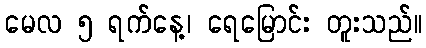
မေလ ၅ ရက်နေ့၊ ရေမြောင်း တူးသည်။